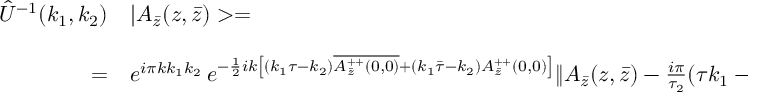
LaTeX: \begin{array} { r l } { { \hat { U } ^ { - 1 } ( k _ { 1 } , k _ { 2 } ) } } & { { | A _ { \bar { z } } ( z , \bar { z } ) > = } } \\ { { } } & { { } } \\ { { = } } & { { e ^ { i \pi k k _ { 1 } k _ { 2 } } \, e ^ { - \frac { 1 } { 2 } i k \left[ ( k _ { 1 } \tau - k _ { 2 } ) \overline { { { A _ { \bar { z } } ^ { + + } ( 0 , 0 ) } } } + ( k _ { 1 } \bar { \tau } - k _ { 2 } ) A _ { \bar { z } } ^ { + + } ( 0 , 0 ) \right] } \| A _ { \bar { z } } ( z , \bar { z } ) - \frac { i \pi } { \tau _ { 2 } } ( \tau k _ { 1 } - k _ { 2 } ) > \ \ \ , } } \end{array}